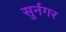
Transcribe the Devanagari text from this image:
सुर्नगर